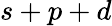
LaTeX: s+p+d